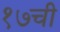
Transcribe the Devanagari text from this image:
१७ची